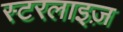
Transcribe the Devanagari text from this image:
स्टरलाइज़